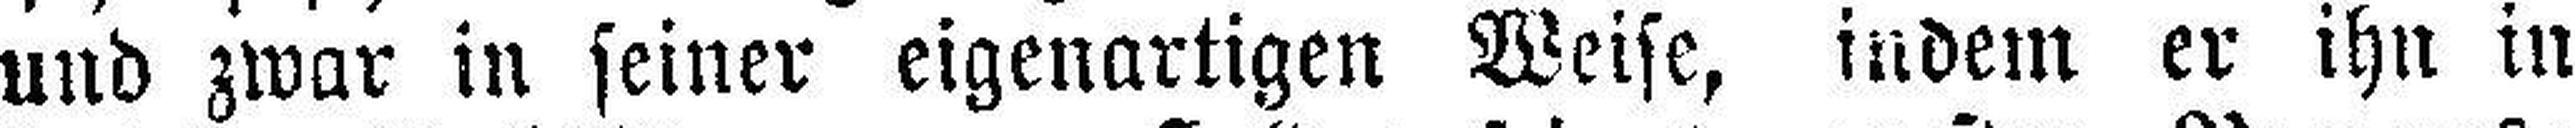
und zwar in seiner eigenartigen Weise, indem er ihn in